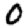
Digit: 0